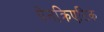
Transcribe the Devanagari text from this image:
पेनक्रिएटिक